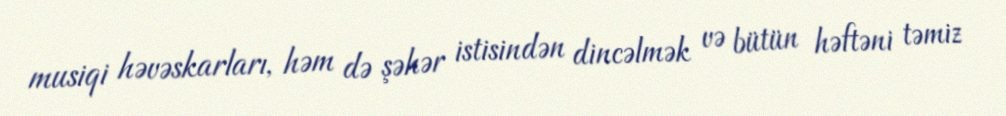
musiqi həvəskarları, həm də şəhər istisindən dincəlmək və bütün həftəni təmiz